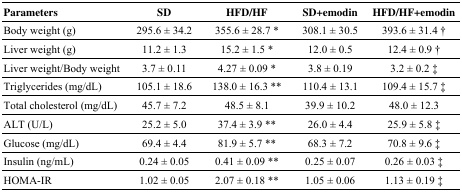
| Parameters | SD | HFD/HF | SD+emodin | HFD/HF+emodin |
 | --- | --- | --- | --- | --- |
 | Body weight (g) | 295.6 ± 34.2 | 355.6 ± 28.7 * | 308.1 ± 30.5 | 393.6 ± 31.4 † |
 | Liver weight (g) | 11.2 ± 1.3 | 15.2 ± 1.5 * | 12.0 ± 0.5 | 12.4 ± 0.9 † |
 | Liver weight/Body weight | 3.7 ± 0.11 | 4.27 ± 0.09 * | 3.8 ± 0.19 | 3.2 ± 0.2 ‡ |
 | Triglycerides (mg/dL) | 105.1 ± 18.6 | 138.0 ± 16.3 ** | 110.4 ± 13.1 | 109.4 ± 15.7 ‡ |
 | Total cholesterol (mg/dL) | 45.7 ± 7.2 | 48.5 ± 8.1 | 39.9 ± 10.2 | 48.0 ± 12.3 |
 | ALT (U/L) | 25.2 ± 5.0 | 37.4 ± 3.9 ** | 26.0 ± 4.4 | 25.9 ± 5.8 ‡ |
 | Glucose (mg/dL) | 69.4 ± 4.4 | 81.9 ± 5.7 ** | 68.3 ± 7.2 | 70.8 ± 9.6 ‡ |
 | Insulin (ng/mL) | 0.24 ± 0.05 | 0.41 ± 0.09 ** | 0.25 ± 0.07 | 0.26 ± 0.03 ‡ |
 | HOMA-IR | 1.02 ± 0.05 | 2.07 ± 0.18 ** | 1.05 ± 0.06 | 1.13 ± 0.19 ‡ |